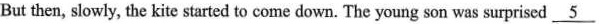
But then, slowly, the kite started to comedown. The young son was surprised \underline{5}